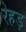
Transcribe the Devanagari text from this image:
रेहड़